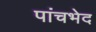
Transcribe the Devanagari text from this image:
पांचभेद